Subject: physics
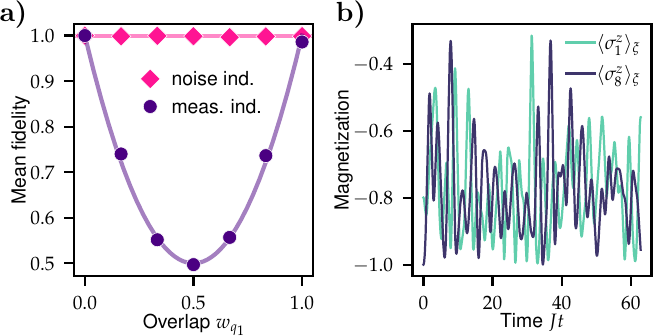
LaTeX code:
    \begin{tikzpicture}
     \node (a) [label={[label distance=-.45 cm]130: \textbf{a)}}] at (0,0) {\includegraphics{1661_fig2a.pdf}};	\node (a) [label={[label distance=-.45 cm]130: \textbf{b)}}] at (4.3,0) {\includegraphics{1662_fig2b.pdf}};
     \end{tikzpicture}